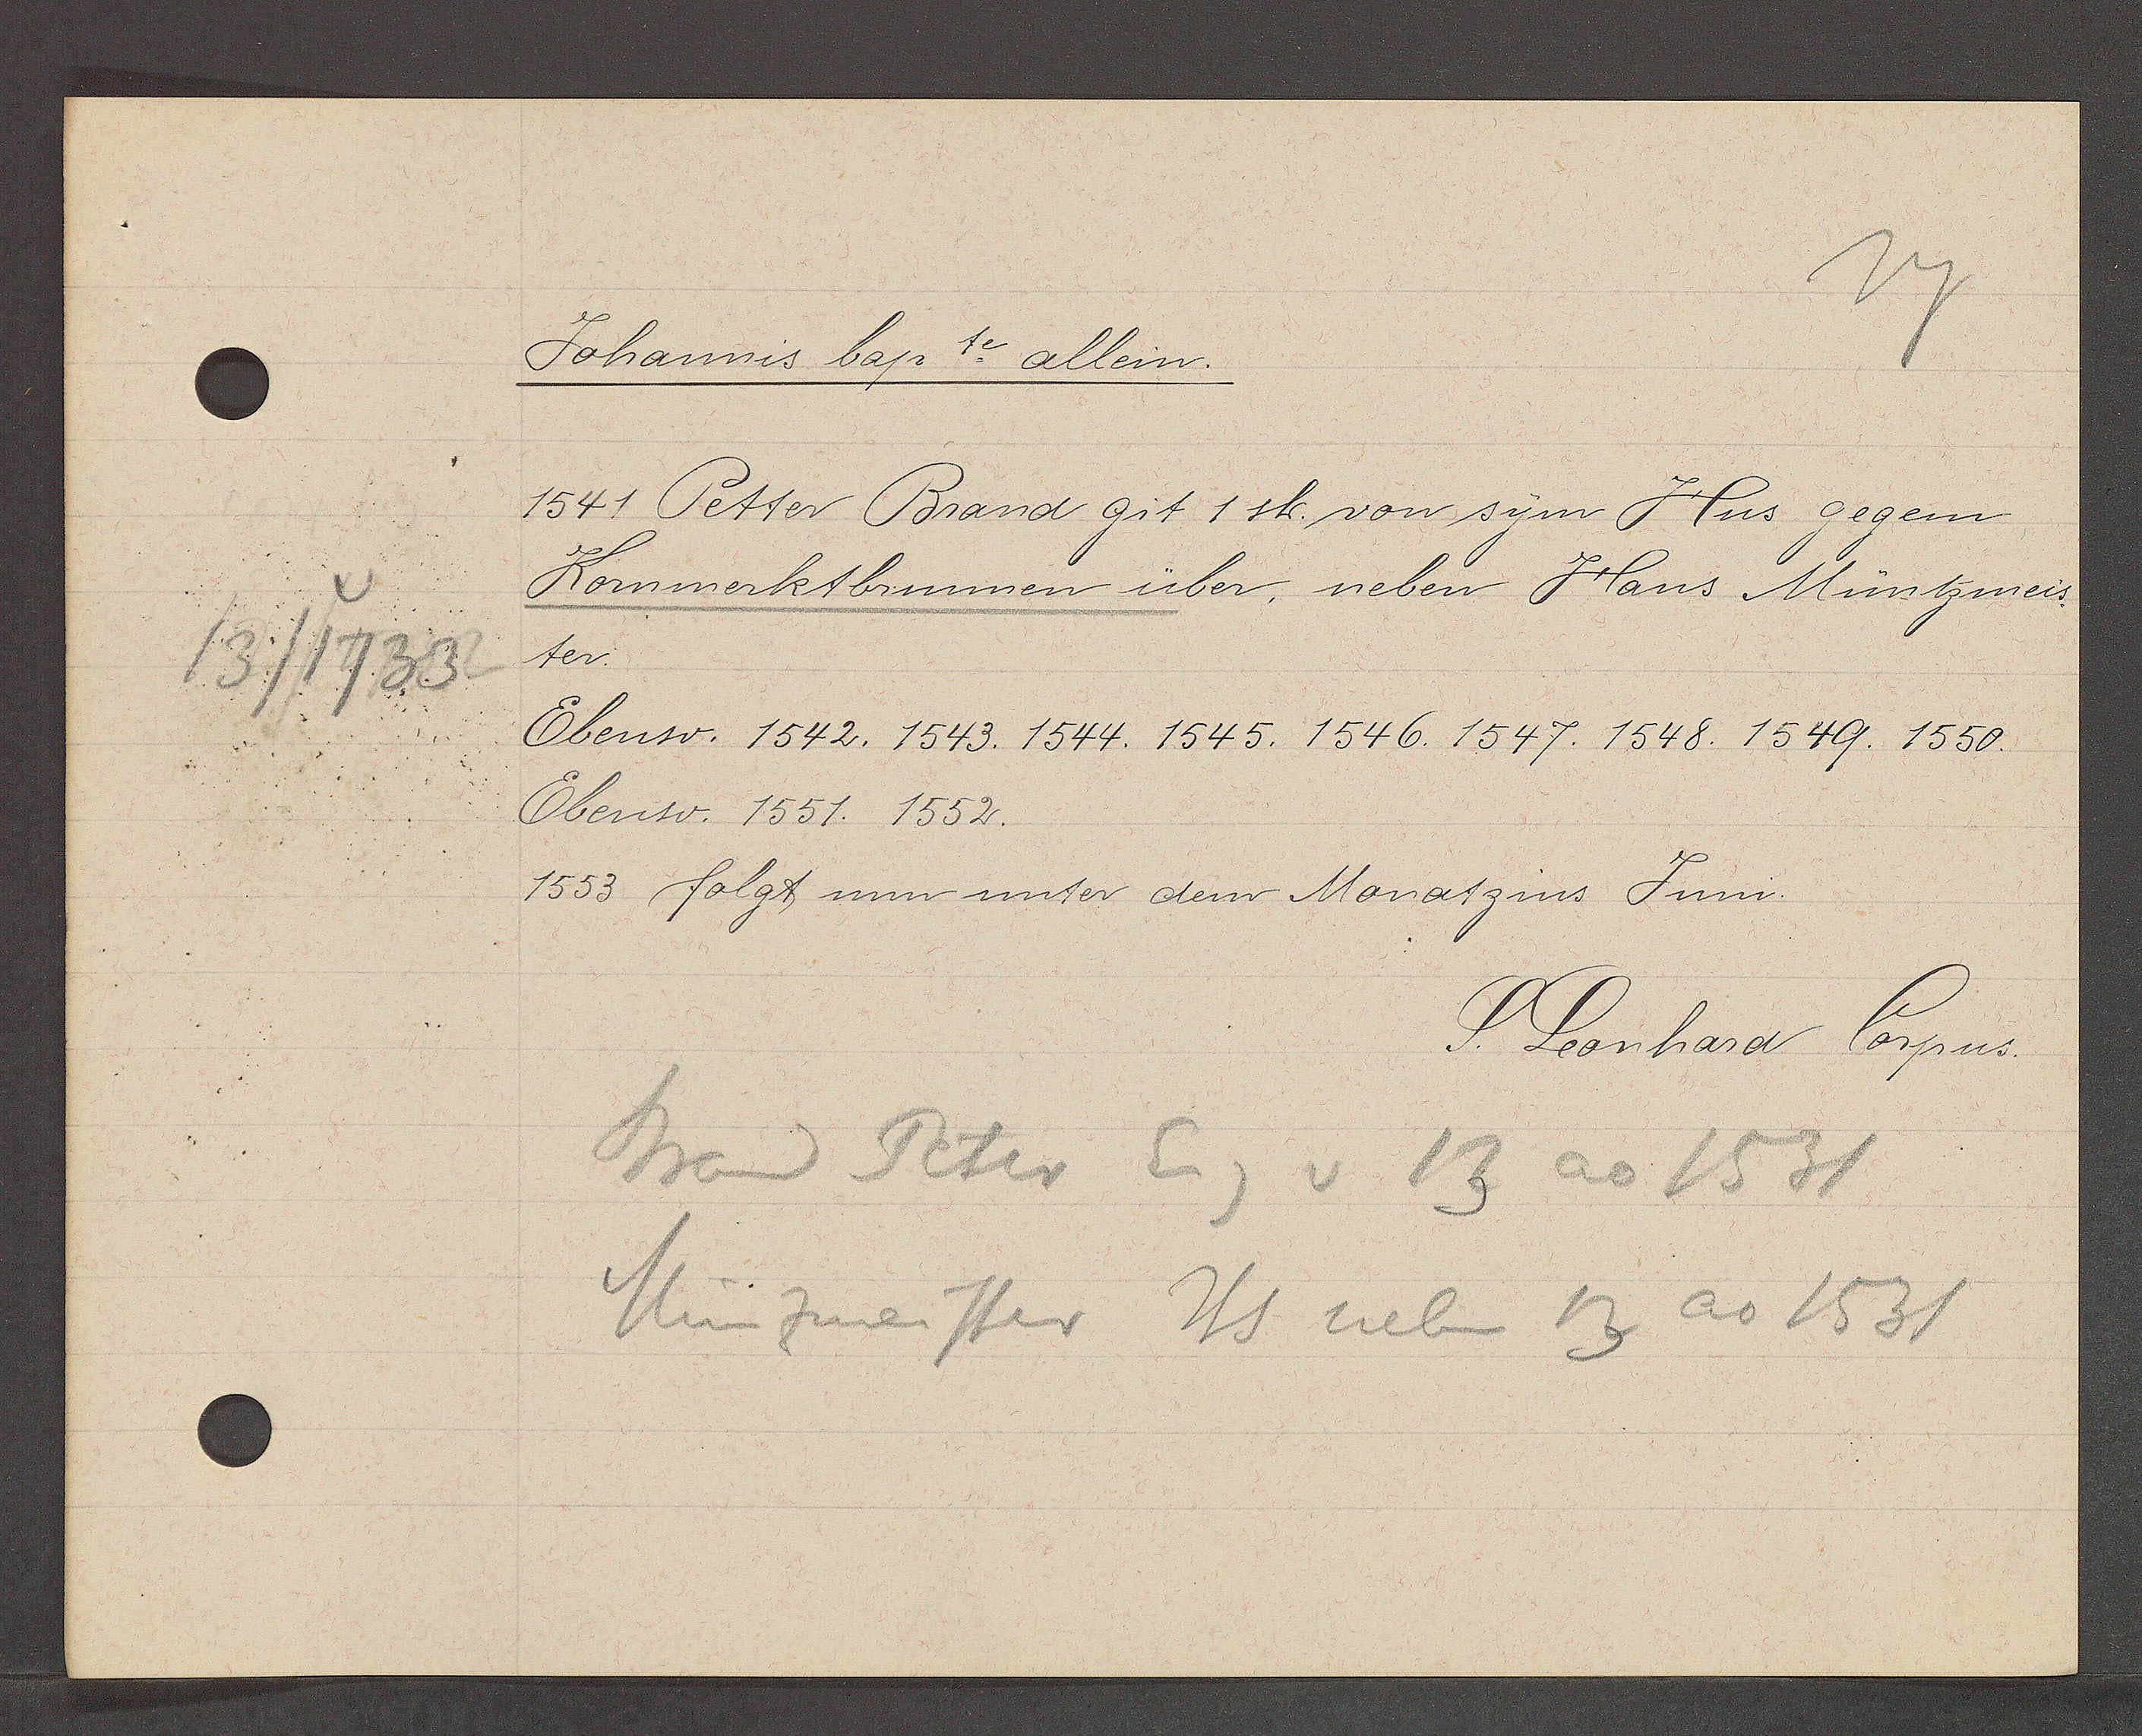
Transcript:
13/1733

Johannis bap te allein.

1541 Petter Brand git 1 sh. von sym Hus gegem
Kornmerktbrunnen über, neben Hans Müntzmeis¬
ter.
Ebenso. 1542. 1543. 1544. 1545. 1546. 1547. 1548. 1549. 1550.
Ebenso. 1551. 1552.
1553 folgt nun unter dem Monatzins Juni.

S. Leonhard Corpus.

Brand Peter
Eig v 13 ao 1531
Münzmeister Hs neben 13 ao 1531